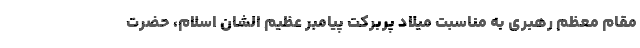
مقام معظم رهبری به ‌مناسبت میلاد پربرکت پیامبر عظیم الشان اسلام، حضرت